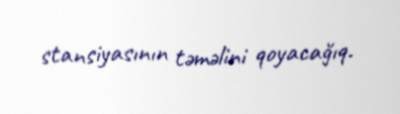
stansiyasının təməlini qoyacağıq.